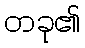
တခု၏